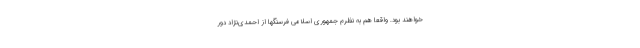
خواهند بود. واقعا هم به نظرم جمهوری اسلامی فرسنگها از احمدی‌نژاد دور